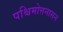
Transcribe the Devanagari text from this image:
पश्चिमोत्तनासन